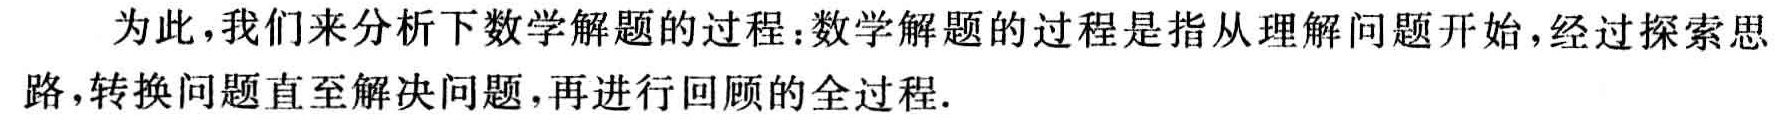
为此，我们来分析下数学解题的过程：数学解题的过程是指从理解问题开始，经过探索思路，转换问题直至解决问题，再进行回顾的全过程.